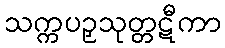
သက္ကပဉှသုတ္တဋီကာ